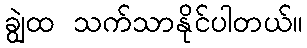
ချွဲထ သက်သာနိုင်ပါတယ်။